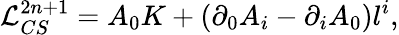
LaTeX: {\cal L}_{CS}^{2n+1}=A_{0}K+(\partial_{0}A_{i}-\partial_{i}A_{0})l^{i},